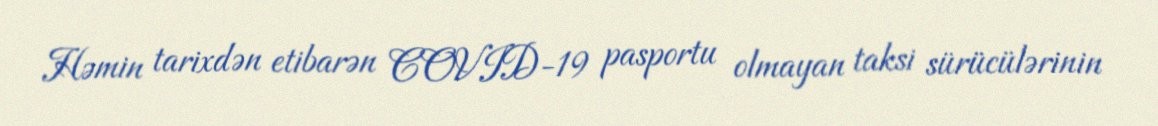
Həmin tarixdən etibarən COVID-19 pasportu olmayan taksi sürücülərinin